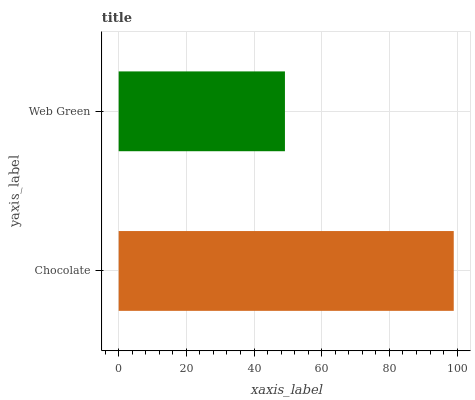
| yaxis_label | bars |
 | --- | --- |
 | Chocolate | 99 |
 | Web Green | 49.1 |